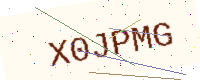
Text: X0JPMG